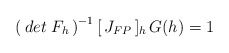
\begin{align*}\left(\, det\; F_h \, \right)^{-1}[\,J_{FP}\,]_{h}\,G(h)=1\end{align*}